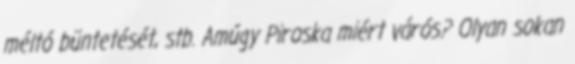
méltó büntetését, stb. Amúgy Piroska miért várós? Olyan sokan